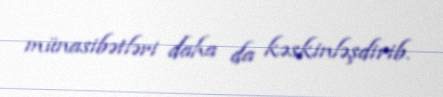
münasibətləri daha da kəskinləşdirib.